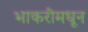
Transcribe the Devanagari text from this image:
भाकरीमधून